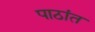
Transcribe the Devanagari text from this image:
पाठांत